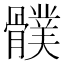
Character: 𩪛